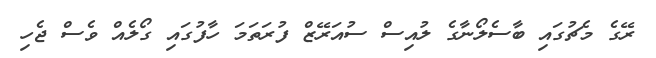
ރޭގެ މެޗުގައި ބާސެލޯނާގެ ލުއިސް ސުއަރޭޒް ފުރަތަމަ ހާފުގައި ގޯލެއް ވެސް ޖެހި